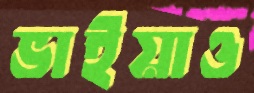
ভাইয়াও